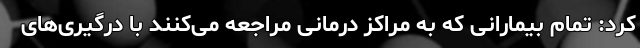
کرد: تمام بیمارانی که به مراکز درمانی مراجعه می‌کنند با درگیری‌های